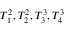
T _ { 1 } ^ { 2 } , T _ { 2 } ^ { 2 } , T _ { 3 } ^ { 3 } , T _ { 4 } ^ { 3 }